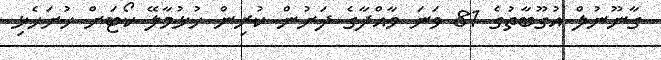
ގާނޫނުލް އުގޫބާތުގެ 81 ވަނަ މާއްދާގެ ދަށުން ކުރިން ހުޅުމާލޭ ކޯޓަށް ހުށަހެޅި